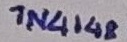
Text: 1N4148